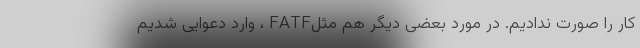
کار را صورت ندادیم. در مورد بعضی دیگر هم مثلFATF ، وارد دعوایی شدیم